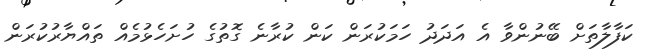
ކަފާލާތަށް ބޭނުންވާ އެ އަދަދު ހަމަކުރަން ކަން ކުރާނެ ގޮތުގެ ހުށަހެޅުމެއް ތައްޔާރުކުރަން